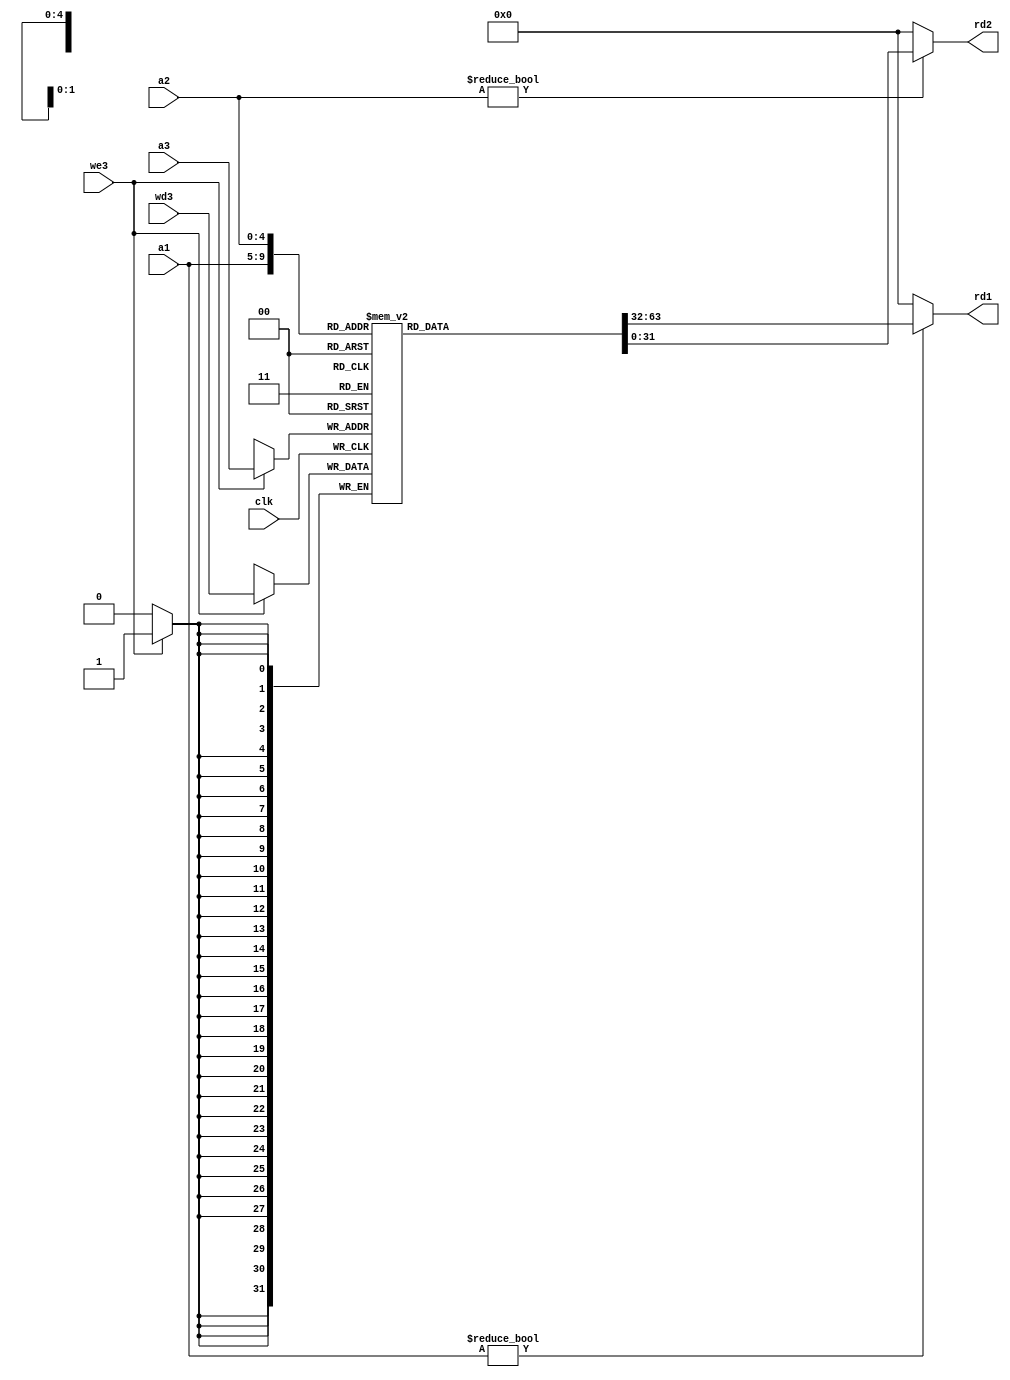
module reg_file
#(
   parameter XLEN = 32
)
(
input    clk,            // input clock
input    we3,            // write enable signal to registers
input    [4:0] a1,       // first read address bus
input    [4:0] a2,       // second read address bus
input    [4:0] a3,       // third write address bus
input    [XLEN-1:0] wd3, // data bus for write to registers
output   [XLEN-1:0] rd1, // first data bus for read
output   [XLEN-1:0] rd2  // second data bus for read 
);

//=== Wire's, reg's and etc... ===
reg [31:0] x[XLEN-1:0];   // Registers

//=== Assignments ===
assign rd1 = (a1 != 0) ? x[a1] : 0;
assign rd2 = (a2 != 0) ? x[a2] : 0;

//=== Logic section ===
always @(posedge clk)
   if (we3) 
      x[a3] <= wd3;

endmodule